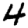
Digit: 4